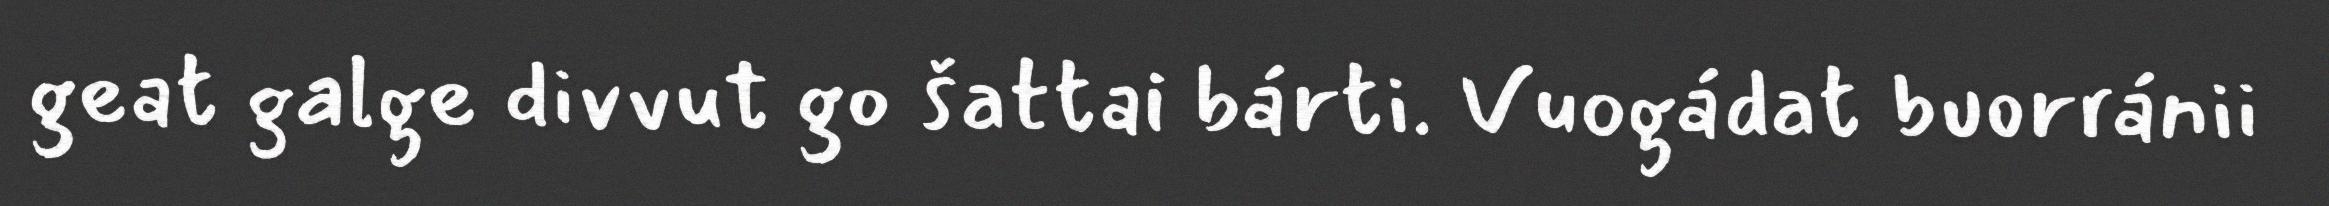
geat galge divvut go šattai bárti. Vuogádat buorránii